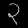
Digit: ၃